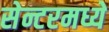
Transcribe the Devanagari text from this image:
सेन्टरमध्ये